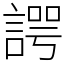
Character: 諤